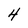
Character: 4